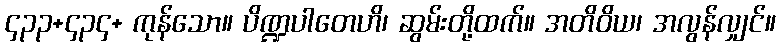
၄၃၃+၄၃၄+ ကုန်သော။ ပိဏ္ဍပါတေဟိ၊ ဆွမ်းတို့ထက်။ အတိဝိယ၊ အလွန်လျှင်။